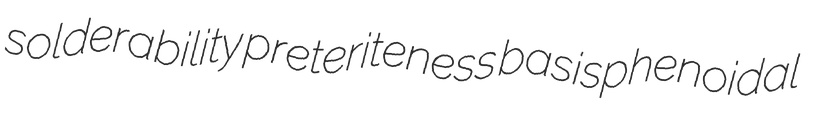
solderability preteriteness basisphenoidal